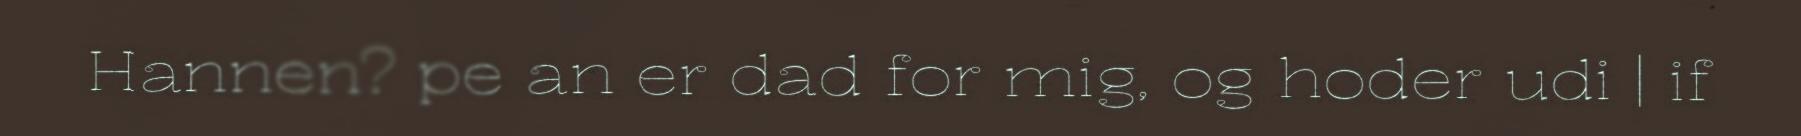
Hannen? pe an er dad for mig, og hoder udi | if